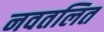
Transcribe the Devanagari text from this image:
नवतलित